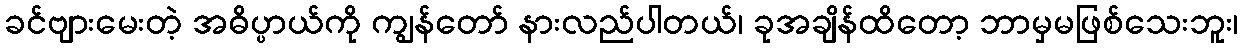
ခင်ဗျားမေးတဲ့ အဓိပ္ပာယ်ကို ကျွန်တော် နားလည်ပါတယ်၊ ခုအချိန်ထိတော့ ဘာမှမဖြစ်သေးဘူး၊